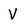
Character: V